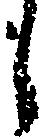
し